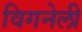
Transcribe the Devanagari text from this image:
विगनेली